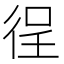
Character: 徎